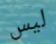
ليس